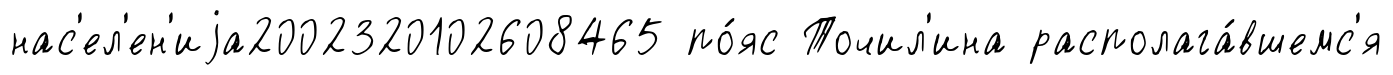
нас'ел'ен'иjа2002320102608465 по́яс Точил'ина располага́вшемс'я